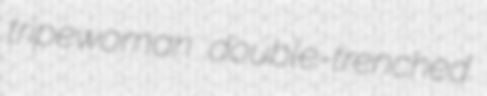
tripewoman double-trenched